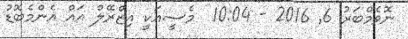
ނޮވެމްބަރު 6